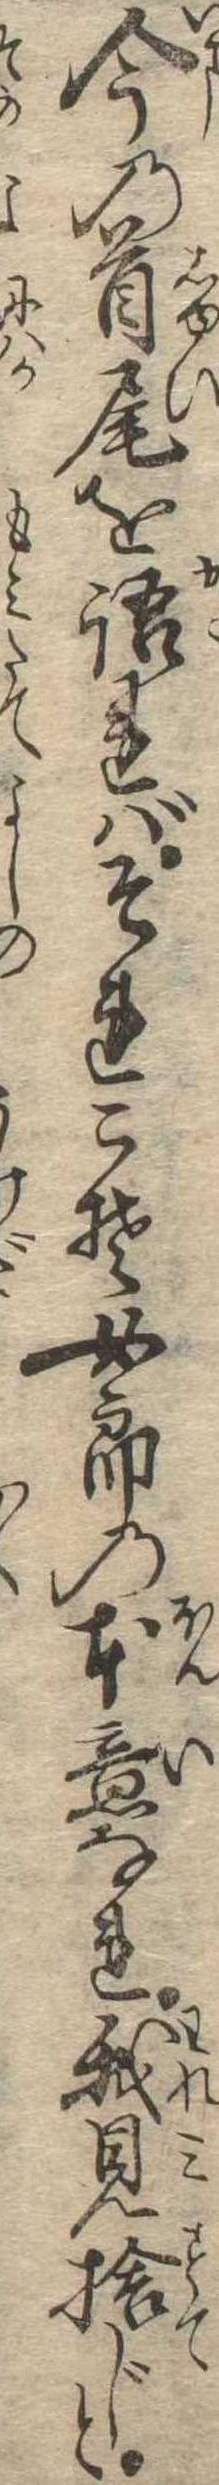
今の首尾を語ればそれこそ女郎の本意なれ我見捨じと